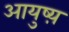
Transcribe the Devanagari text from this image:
आयुष्य़